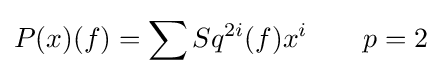
P(x)(f)=\sum Sq^{2i}(f)x^{i}\qquad p=2